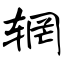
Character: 辋